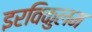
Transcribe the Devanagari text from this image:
इरविकुलम